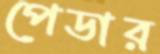
পেডার